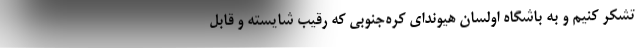
تشکر کنیم و به باشگاه اولسان هیوندای کره‌جنوبی که رقیب شایسته و قابل